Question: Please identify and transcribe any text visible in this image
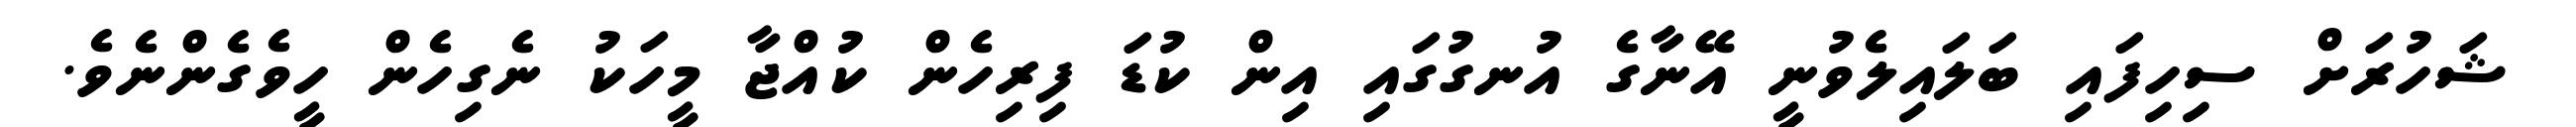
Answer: ޝަހުރަށް ސިހިފައި ބަލައިލެވުނީ އޭނާގެ އުނގުގައި އިން ކުޑަ ފިރިހެން ކުއްޖާ މީހަކު ނެގިހެން ހީވެގެންނެވެ.